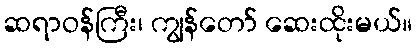
ဆရာဝန်ကြီး၊ ကျွန်တော် ဆေးထိုးမယ်။